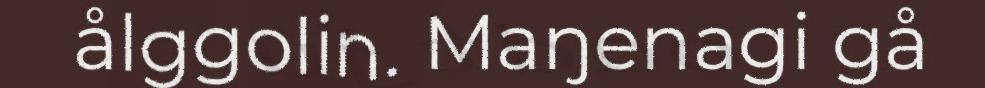
ålggolin. Maŋenagi gå